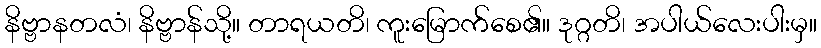
နိဗ္ဗာနတလံ၊ နိဗ္ဗာန်သို့။ တာရယတိ၊ ကူးမြောက်စေ၏။ ဒုဂ္ဂတိ၊ အပါယ်လေးပါးမှ။